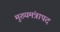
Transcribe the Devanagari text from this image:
मुख्यमंत्रापद